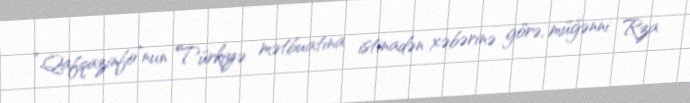
“Qafqazinfo”nun Türkiyə mətbuatına istinadən xəbərinə görə, müğənni Rza